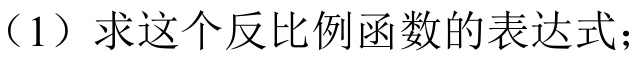
（1）求这个反比例函数的表达式；